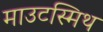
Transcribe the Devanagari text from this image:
माउटस्मिथ